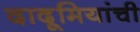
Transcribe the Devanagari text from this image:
दादूमियांची